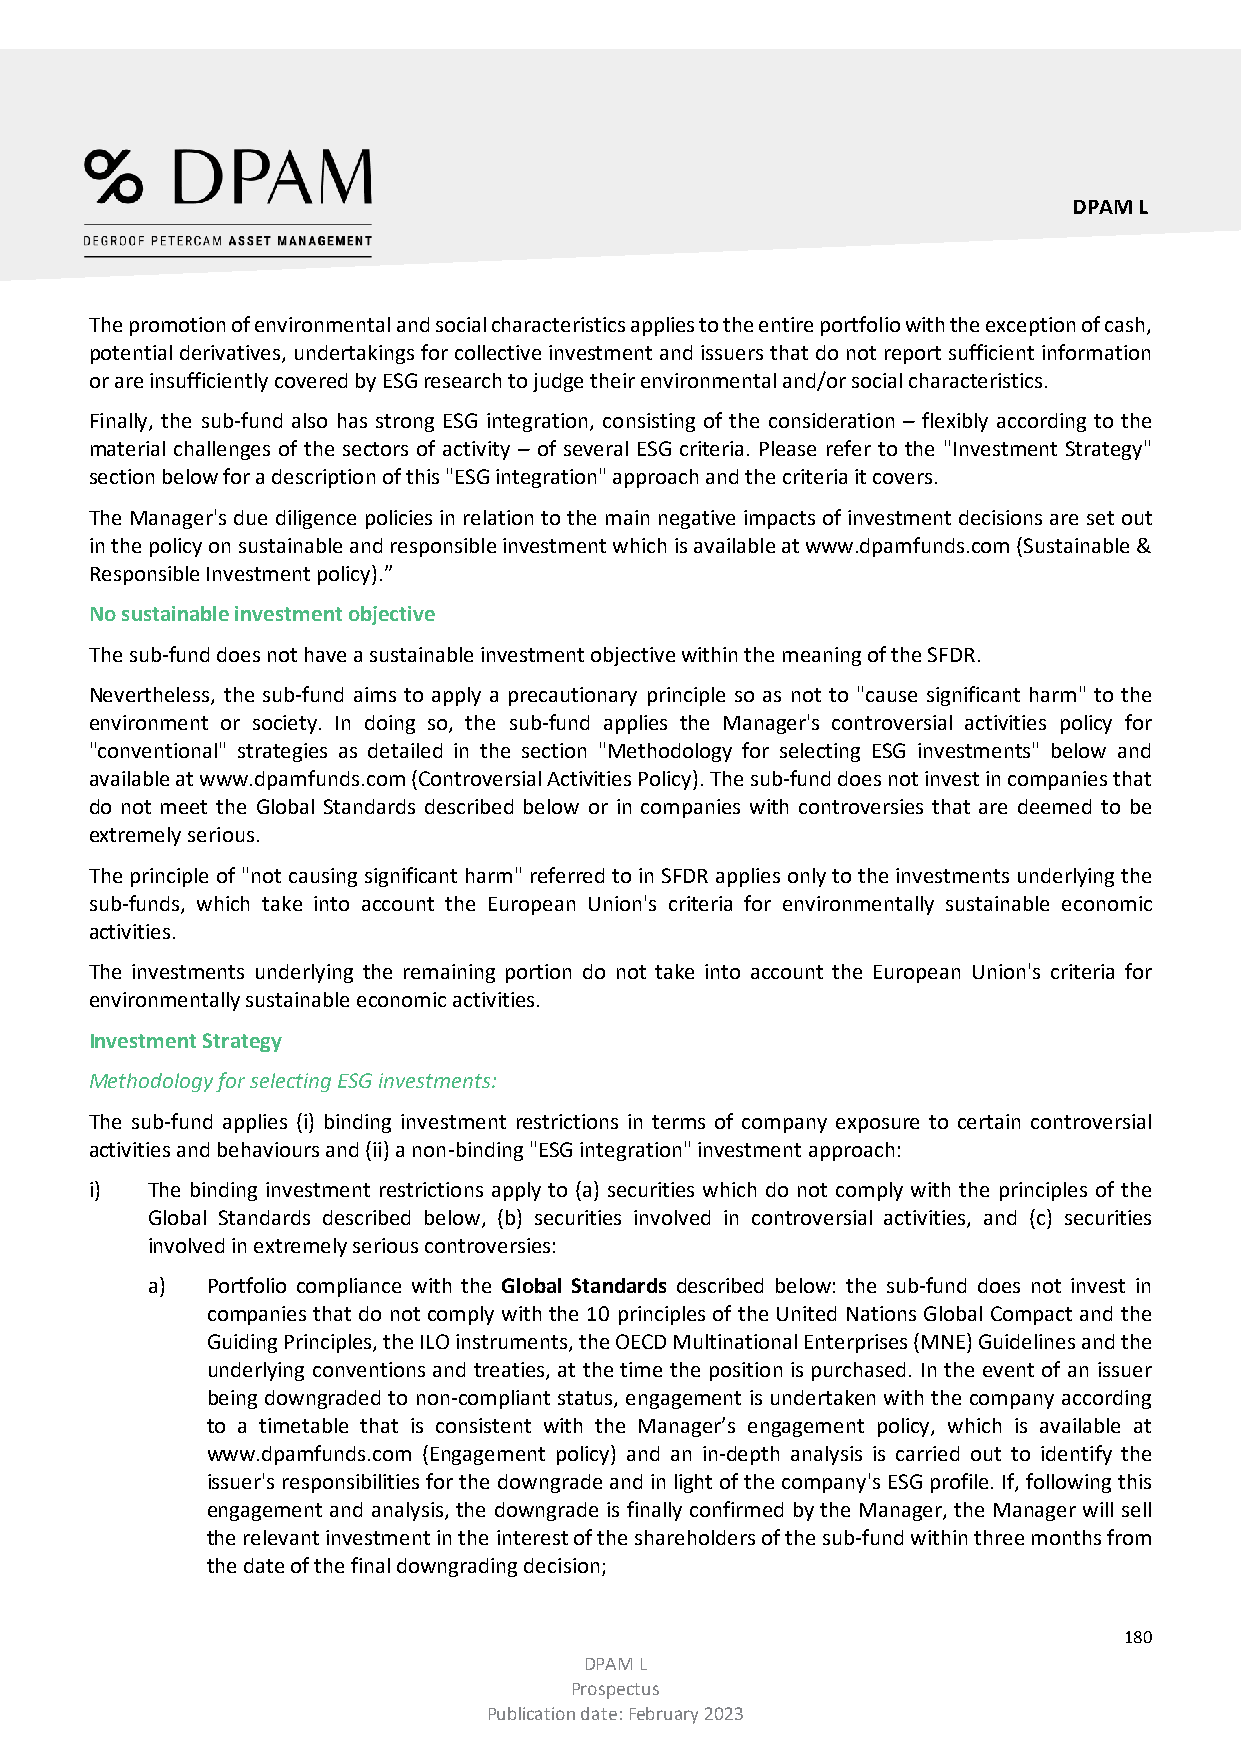
DPAM L
 The promotion of environmental and social characteristics applies to the entire portfolio with the exception of cash,
 potential derivatives, undertakings for collective investment and issuers that do not report sufficient information
 or are insufficiently covered by ESG research to judge their environmental and/or social characteristics.
 Finally, the sub-fund also has strong ESG integration, consisting of the consideration – flexibly according to the
 material challenges of the sectors of activity – of several ESG criteria. Please refer to the "Investment Strategy"
 section below for a description of this "ESG integration" approach and the criteria it covers.
 The Manager's due diligence policies in relation to the main negative impacts of investment decisions are set out
 in the policy on sustainable and responsible investment which is available at www.dpamfunds.com (Sustainable &
 Responsible Investment policy).”
 No sustainable investment objective
 The sub-fund does not have a sustainable investment objective within the meaning of the SFDR.
 Nevertheless, the sub-fund aims to apply a precautionary principle so as not to "cause significant harm" to the
 environment or society. In doing so, the sub-fund applies the Manager's controversial activities policy for
 "conventional" strategies as detailed in the section "Methodology for selecting ESG investments" below and
 available at www.dpamfunds.com (Controversial Activities Policy). The sub-fund does not invest in companies that
 do not meet the Global Standards described below or in companies with controversies that are deemed to be
 extremely serious.
 The principle of "not causing significant harm" referred to in SFDR applies only to the investments underlying the
 sub-funds, which take into account the European Union's criteria for environmentally sustainable economic
 activities.
 The investments underlying the remaining portion do not take into account the European Union's criteria for
 environmentally sustainable economic activities.
 Investment Strategy
 Methodology for selecting ESG investments:
 The sub-fund applies (i) binding investment restrictions in terms of company exposure to certain controversial
 activities and behaviours and (ii) a non-binding "ESG integration" investment approach:
 i)  The binding investment restrictions apply to (a) securities which do not comply with the principles of the
 Global Standards described below, (b) securities involved in controversial activities, and (c) securities
 involved in extremely serious controversies:
 a)  Portfolio compliance with the Global Standards described below: the sub-fund does not invest in
 companies that do not comply with the 10 principles of the United Nations Global Compact and the
 Guiding Principles, the ILO instruments, the OECD Multinational Enterprises (MNE) Guidelines and the
 underlying conventions and treaties, at the time the position is purchased. In the event of an issuer
 being downgraded to non-compliant status, engagement is undertaken with the company according
 to a timetable that is consistent with the Manager’s engagement policy, which is available at
 www.dpamfunds.com (Engagement policy) and an in-depth analysis is carried out to identify the
 issuer's responsibilities for the downgrade and in light of the company's ESG profile. If, following this
 engagement and analysis, the downgrade is finally confirmed by the Manager, the Manager will sell
 the relevant investment in the interest of the shareholders of the sub-fund within three months from
 the date of the final downgrading decision;
 180
 DPAM L
 Prospectus
 Publication date: February 2023